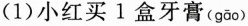
(1)小红买1盒牙膏(gāo )